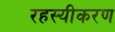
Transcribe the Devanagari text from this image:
रहस्यीकरण